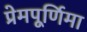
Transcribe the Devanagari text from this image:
प्रेमपूर्णिमा